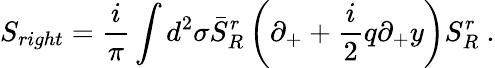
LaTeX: S_{right}=\frac i\pi\int d^{2}\sigma\bar{S}_{R}^{r}\left(\partial_{+}+\frac i2q\partial_{+}y\right)S_{R}^{r}\ .